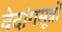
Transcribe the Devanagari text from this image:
वेदांगसूत्रों